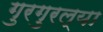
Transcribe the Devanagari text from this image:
गुरगुरल्या